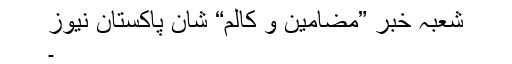
شعبہ خبر ”مضامین و کالم“ شان پاکستان نیوز
۔